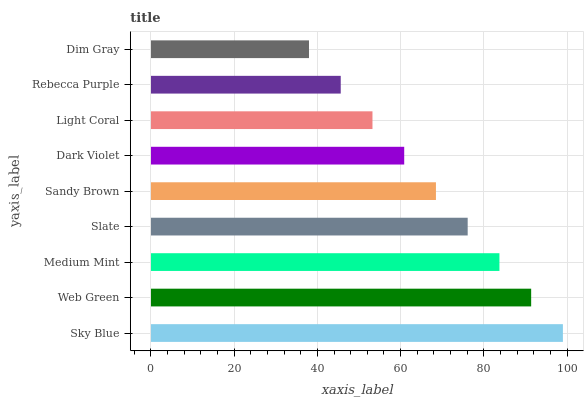
| yaxis_label | bars |
 | --- | --- |
 | Sky Blue | 99 |
 | Web Green | 91.4 |
 | Medium Mint | 83.7 |
 | Slate | 76.1 |
 | Sandy Brown | 68.5 |
 | Dark Violet | 60.9 |
 | Light Coral | 53.2 |
 | Rebecca Purple | 45.6 |
 | Dim Gray | 38 |